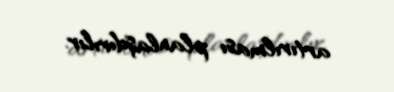
artırılması planlaşdırılır.